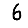
Digit: 6